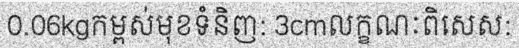
0.06kgកម្ពស់មុខទំនិញ: 3cmលក្ខណៈពិសេស: